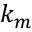
k _ { m }